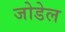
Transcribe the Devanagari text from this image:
जोडेल